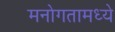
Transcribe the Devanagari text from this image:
मनोगतामध्ये